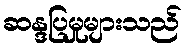
ဆန္ဒပြမှုများသည်